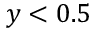
y < 0 . 5